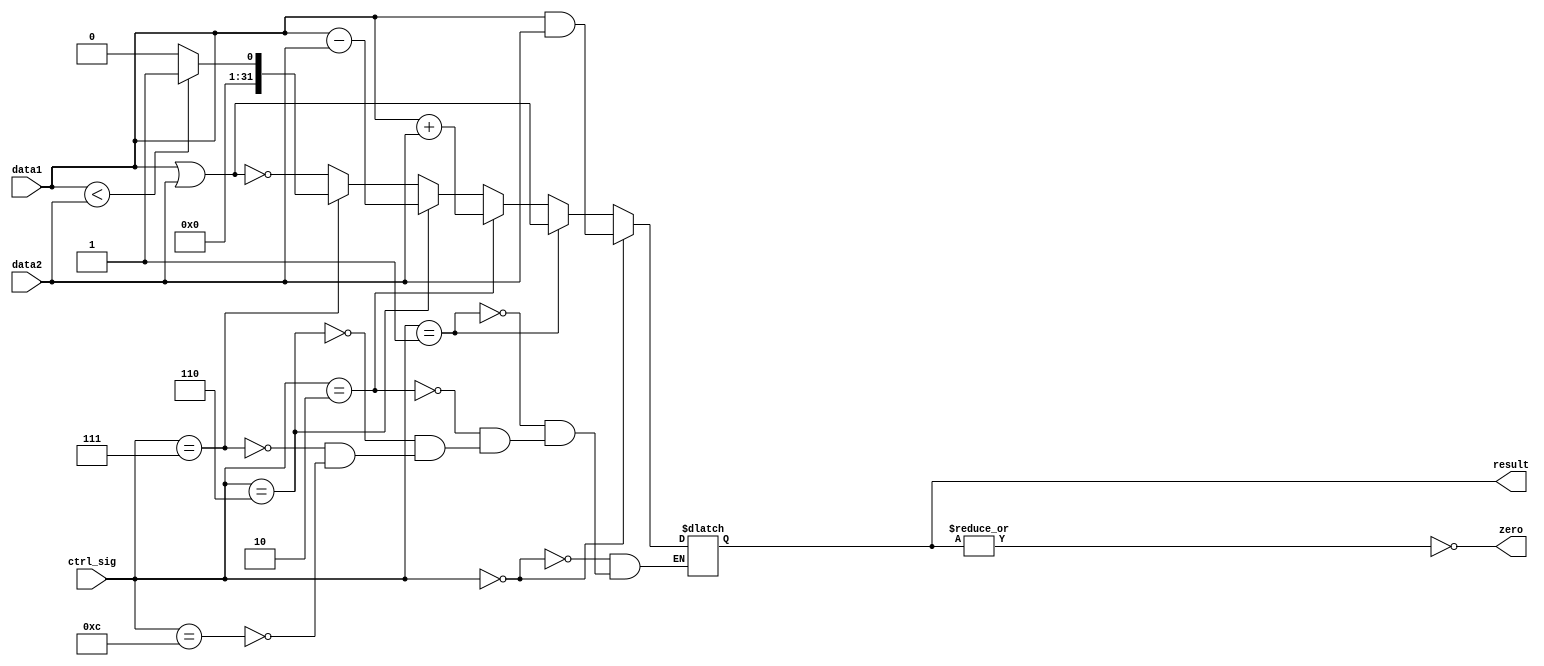
`timescale 1ns / 1ps
//////////////////////////////////////////////////////////////////////////////////
// Company: 
// Engineer: 
// 
// Design Name: 
// Module Name: alu
// Project Name: 
// Target Devices: 
// Tool Versions: 
// Description: 
// 
// Dependencies: 
// 
// Revision:
// Revision 0.01 - File Created
// Additional Comments:
// 
//////////////////////////////////////////////////////////////////////////////////


module ALU(
	input [31:0] data1,
	input [31:0] data2,
	input [3:0] ctrl_sig,
	output reg [31:0] result,
	output zero
	);

	assign zero = ~(|result);

	always @(*) begin
		if(ctrl_sig == 4'b0000)
			result <= data1 & data2;
		else if(ctrl_sig == 4'b0001)
			result <= data1 | data2;
		else if(ctrl_sig == 4'b0010)
			result <= data1 + data2;
		else if(ctrl_sig == 4'b0110)
			result <= data1 - data2;
		else if(ctrl_sig == 4'b0111) begin
			if(data1 < data2)
				result <= 32'h00000001;
			else
				result <= 32'h00000000;
		end else if(ctrl_sig == 4'b1100)
			result <= ~(data1 | data2);
	end

endmodule